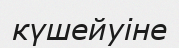
күшейуіне